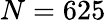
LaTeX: N=625